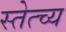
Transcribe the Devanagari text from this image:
स्तेत्च्य